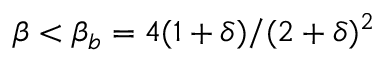
\beta < \beta _ { b } = 4 ( 1 + \delta ) / ( 2 + \delta ) ^ { 2 }